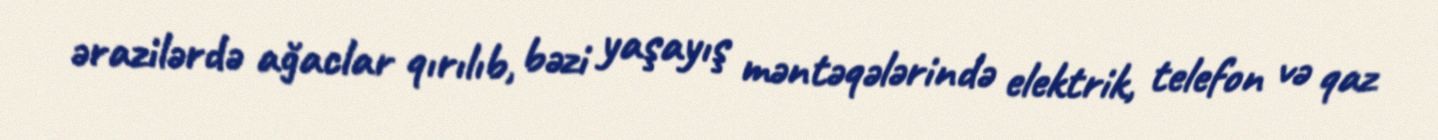
ərazilərdə ağaclar qırılıb, bəzi yaşayış məntəqələrində elektrik, telefon və qaz